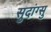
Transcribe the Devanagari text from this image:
सुदांग्सु